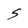
Character: S